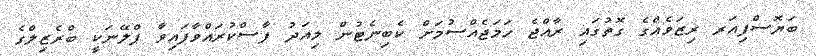
ބަޔޮސްފިއަރ ރިޒަވެއްގެ ގޮތުގައި ރާއްޖެ ހަމަޖެއްސުމަށް ކެބިނެޓުން މިއަދު ފާސްކުރައްވާފައިވާ ޕްލޭނަކީ ބްރެޒިލްގެ